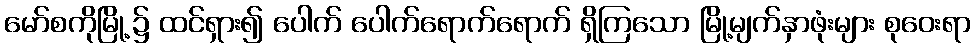
မော်စကိုမြို့၌ ထင်ရှား၍ ပေါက် ပေါက်ရောက်ရောက် ရှိကြသော မြို့မျက်နှာဖုံးများ စုဝေးရာ